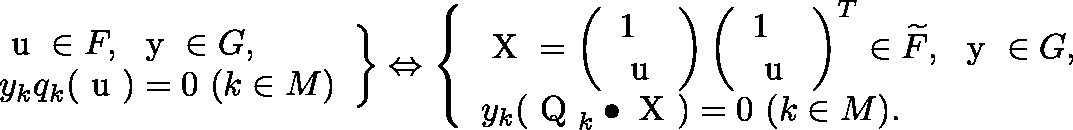
\begin{array} { r } { \left. \begin{array} { l } { \mathrm { \boldmath ~ u ~ } \in F , \ \mathrm { \boldmath ~ y ~ } \in G , } \\ { y _ { k } q _ { k } ( \mathrm { \boldmath ~ u ~ } ) = 0 \ ( k \in M ) } \end{array} \right\} \Leftrightarrow \left\{ \begin{array} { l } { \mathrm { \boldmath ~ X ~ } = \left( \begin{array} { l } { 1 } \\ { \mathrm { \boldmath ~ u ~ } } \end{array} \right) \left( \begin{array} { l } { 1 } \\ { \mathrm { \boldmath ~ u ~ } } \end{array} \right) ^ { T } \in \widetilde { F } , \ \mathrm { \boldmath ~ y ~ } \in G , } \\ { y _ { k } ( \mathrm { \boldmath ~ Q ~ } _ { k } \bullet \mathrm { \boldmath ~ X ~ } ) = 0 \ ( k \in M ) . } \end{array} \right. } \end{array}